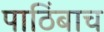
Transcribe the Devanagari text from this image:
पाठिंबाच